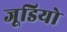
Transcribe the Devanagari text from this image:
जूडियो